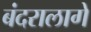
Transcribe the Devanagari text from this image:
बंदरालागे